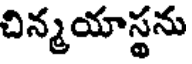
చిన్మయాస్థను